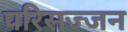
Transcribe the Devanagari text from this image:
परिसज्जन